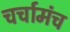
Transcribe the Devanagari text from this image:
चर्चामंच